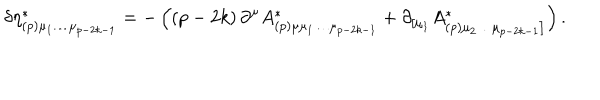
\delta \eta _ { ( p ) \mu _ { 1 } \ldots \mu _ { p - 2 k - 1 } } ^ { * } = - \left( \left( p - 2 k \right) \partial ^ { \mu } A _ { ( p ) \mu \mu _ { 1 } \ldots \mu _ { p - 2 k - 1 } } ^ { * } + \partial _ { \left[ \mu _ { 1 } \right. } A _ { ( p ) \left. \mu _ { 2 } \ldots \mu _ { p - 2 k - 1 } \right] } ^ { * } \right) .